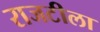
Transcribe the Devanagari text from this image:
राजटीला